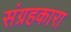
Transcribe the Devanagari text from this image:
संग्रहकारा